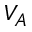
V _ { A }